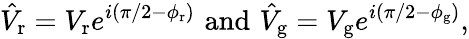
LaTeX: \hat{V}_{\mathrm{r}}=V_{\mathrm{r}}e^{i(\pi/2-\phi_{\mathrm{r}})}\, \, \mathrm{and}\, \, \hat{V}_{\mathrm{g}}=V_{\mathrm{g}}e^{i(\pi/2-\phi_{\mathrm{g}})},